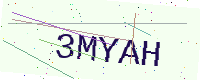
Text: 3MYAH